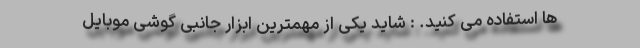
ها استفاده می کنید. : شاید یکی از مهمترین ابزار جانبی گوشی موبایل